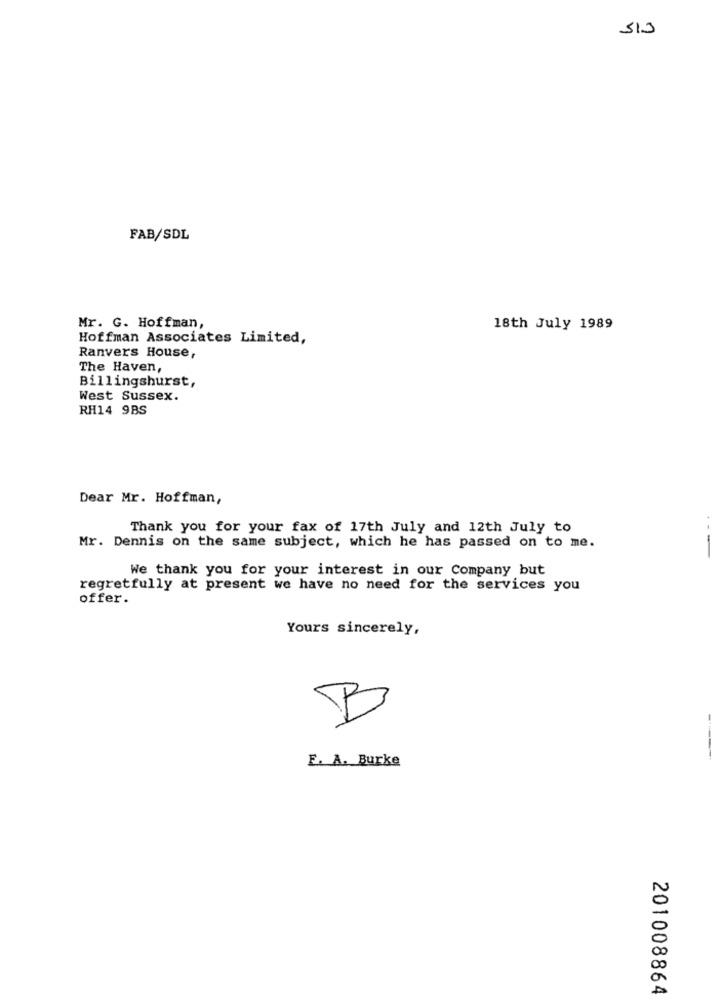
513
FAB/SDL
Mr. G. Hoffman,
18th July 1989
Hoffman Associates Limited,
Ranvers House,
The Haven,
Billingshurst,
West Sussex.
RH14 9BS
Dear Mr. Hoffman,
+
Thank you for your fax of 17th July and 12th July to
Mr. Dennis on the same subject, which he has passed on to me.
We thank you for your interest in our Company but
regretfully at present we have no need for the services you
offer.
Yours sincerely,
B
E. A. Burke
201008864